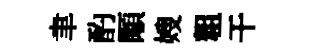
聿酌顒嫂粗干